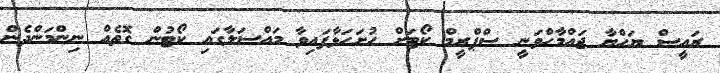
ރައީސް ޔަހްޔާ ޖައްމާހްވަނީ ސްޕްރީމް ކޯޓަށް ހުށަހަޅާފައިވާ މައްސަލާގައި ކޯޓުން ގޮތެއް ނިންމަންދެން